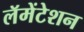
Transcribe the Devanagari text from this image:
लॅमेंटेशन